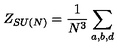
Z _ { S U ( N ) } = \frac { 1 } { N ^ { 3 } } \sum _ { a , b , d }